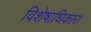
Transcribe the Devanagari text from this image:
विशेषाधिकार।